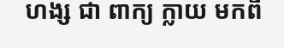
ហង្ស ជា ពាក្យ ក្លាយ មកពី